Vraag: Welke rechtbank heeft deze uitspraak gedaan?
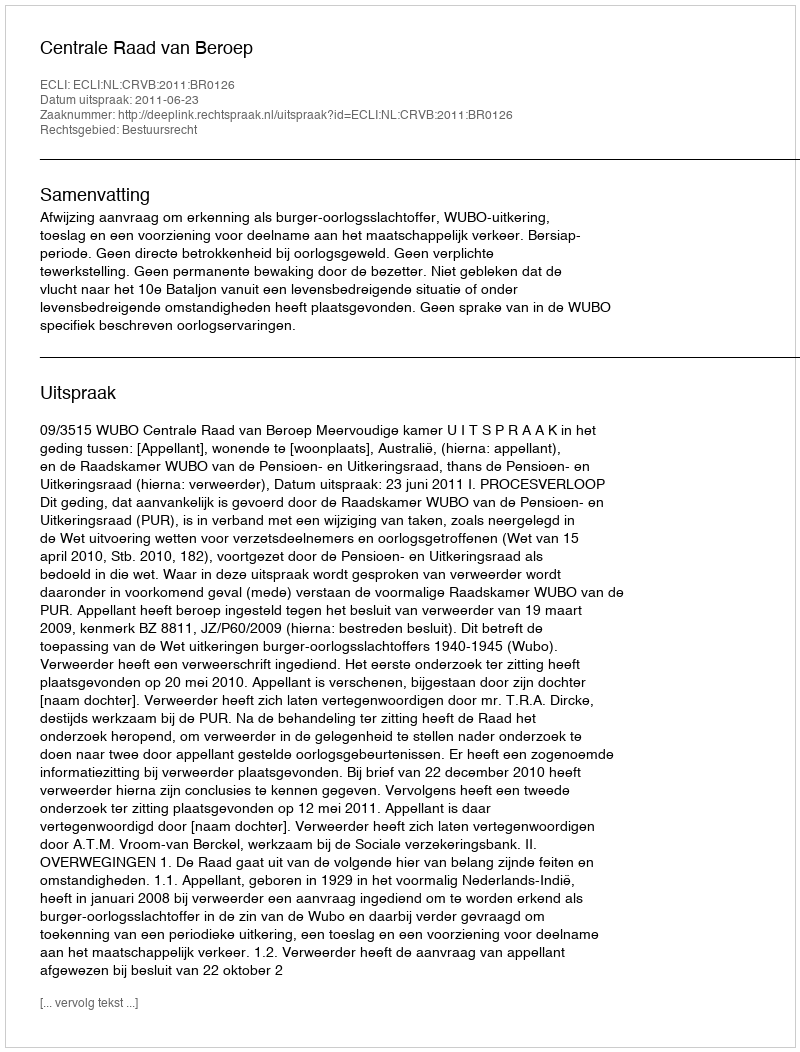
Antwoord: Centrale Raad van Beroep